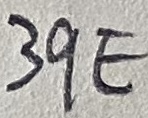
Text: 39E